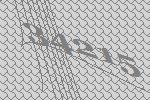
34215